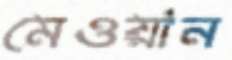
মেওয়ান